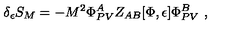
\delta _ { \epsilon } S _ { M } = - M ^ { 2 } \Phi _ { P V } ^ { A } Z _ { A B } [ \Phi , \epsilon ] \Phi _ { P V } ^ { B } \ ,